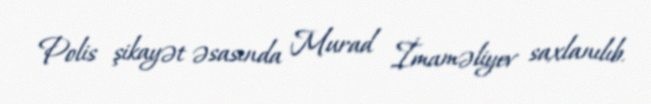
Polis şikayət əsasında Murad İmaməliyev saxlanılıb.